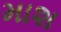
માશ